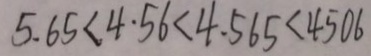
5 . 6 5 < 4 . 5 6 < 4 . 5 6 5 < 4 5 0 6